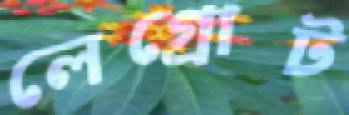
লেগ্রোট